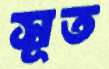
সূত